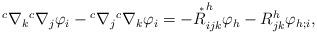
LaTeX: \begin{align*} {}^c\nabla_k{}^c\nabla_j\varphi_i-{}^c\nabla_j{}^c\nabla_k\varphi_i= -\overset{\ _*}{R}^h_{ijk}\varphi_h-R^h_{jk}\varphi_{h;i}, \end{align*}